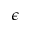
\epsilon